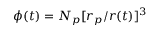
\phi ( t ) = N _ { p } [ r _ { p } / r ( t ) ] ^ { 3 }